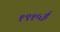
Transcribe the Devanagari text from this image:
१९१५ई